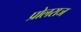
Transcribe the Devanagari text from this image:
प्रोलराज